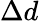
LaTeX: \Delta d